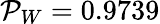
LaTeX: \mathcal{P}_{W}=0.9739